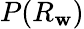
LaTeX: P(R_{\mathbf{w}})